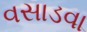
વસાડવા